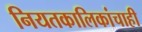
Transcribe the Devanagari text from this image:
नियतकालिकांचाही